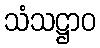
သံသဋ္ဌာဝ